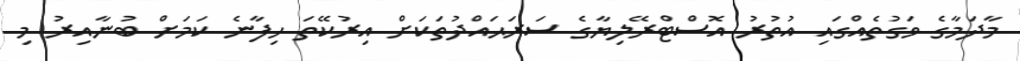
މާދަމާގެ ވަގުތެއްގައި އުތުރު އޮސްޓްރޭލިޔާގެ ސަރަޙައްދުތަކަށް އިރުކޭތަ ހިފާނެ ކަމަށް ބުނާއިރު މި